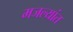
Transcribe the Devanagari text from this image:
मजल्यांत